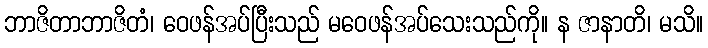
ဘာဇိတာဘာဇိတံ၊ ဝေဖန်အပ်ပြီးသည် မဝေဖန်အပ်သေးသည်ကို။ န ဇာနာတိ၊ မသိ။